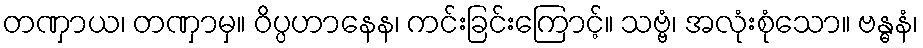
တဏှာယ၊ တဏှာမှ။ ဝိပ္ပဟာနေန၊ ကင်းခြင်းကြောင့်။ သဗ္ဗံ၊ အလုံးစုံသော။ ဗန္ဓနံ၊